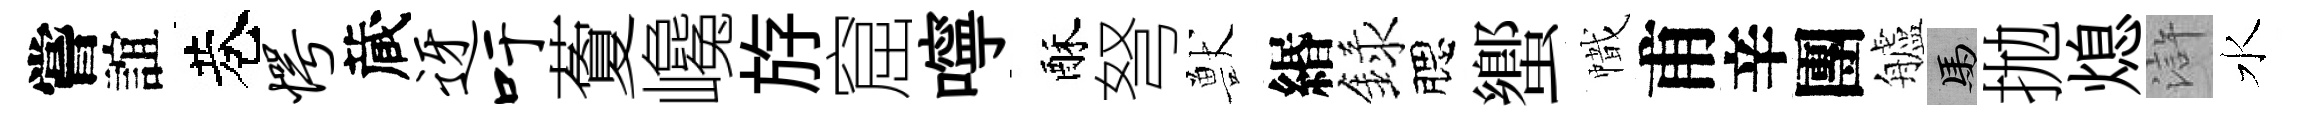
嘗誼巷愕蔵迓吁藑巉斿窟嚀酥弩獸緡録腮蠁幟甫辛團艫馬拋熄滸水